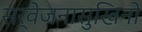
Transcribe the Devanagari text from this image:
सर्वेजनासुखिनो